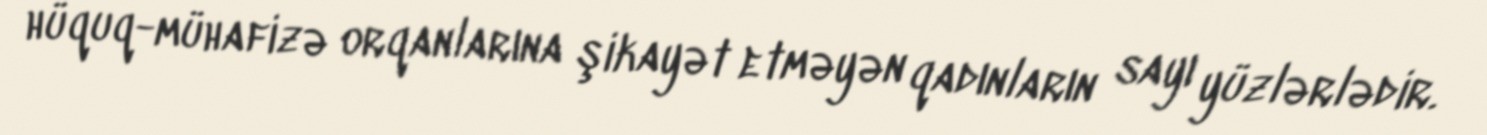
hüquq-mühafizə orqanlarına şikayət etməyən qadınların sayı yüzlərlədir.